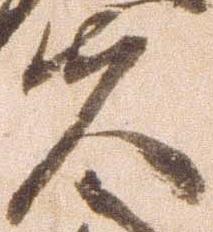
夫